Annual report of the Punjab Veterinary College and of the Civil Veterinary Department, Punjab - 1909-1919
Year: 1909
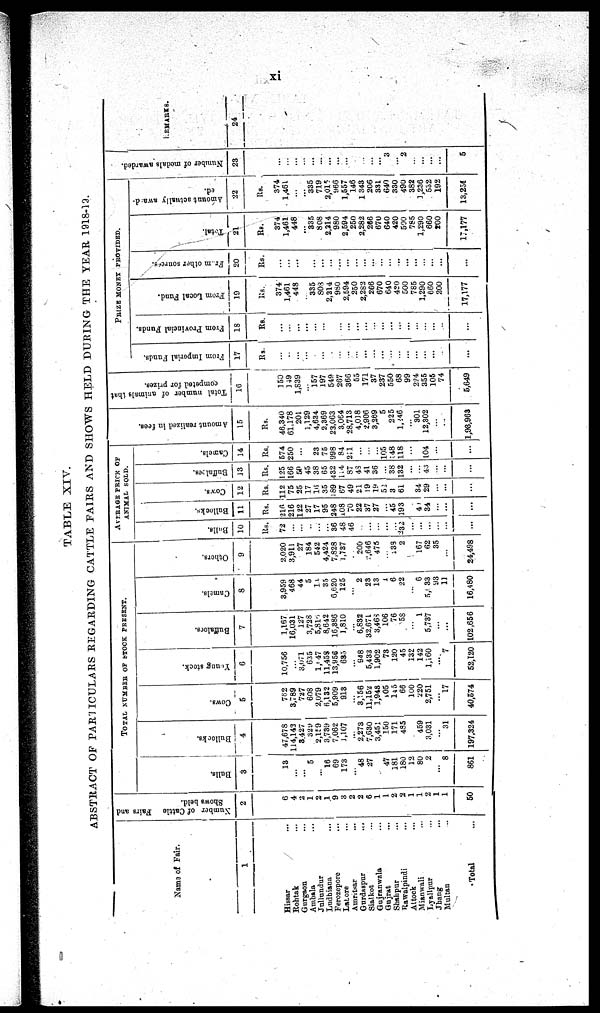
xi
TABLE XIV.
ABSTRACT OF PARTICULARS REGARDING CATTLE FAIRS AND SHOWS HELD DURING THE YEAR 1918-19.
Name of Fair.
1
Hissar ...
Rohtak ...
Gurgaon ...
Ambala ...
Jullundur ...
Ludhiaua ...
Ferozepore ...
Lahore ...
Amritsar ...
Gurdaspur
...
Sialkot ...
Gujranwala ...
Gujrat ...
Shahpur ...
Rawalpindi ...
Attock ...
Mianwali ...
Lyallpur ...
Jhang ...
Multan ...
Total ...
Number of Cattle
Fairs and
Shows held.
2
6
4
2
1
2
1
9
3
2
2
6
1
1
2
2
1 1
2
1
1
50
TOTAL
NUMBER
OF
STOCK
PRESENT.
Bulls.
3
13
...
...
5
...
18
69
173
...
48
27
...
47
181
180
12
80
2
...
8
861
Bullocks.
4
47,678
114,142
3.427
329
2,159
3,739
7,062
1,107
...
2,273
7,630
3,451
150
171
485
... 459
3,031
...
31
197,324
Cows.
5
762
3,789
727
608
2,079
6,132
5,909
913
...
3,156
11,152
1,948
405
145
66
100
220
2,751
...
17
40,574
Young stock.
6
10,756
...
3,071
635
1,947
11,458
13,956
685
...
948
5,433
1,902
73
120
45
132
142
1,160
...
7
52,120
Buffaloes.
7
1,167
16,031
127
3,728
5,816
8,642
16,886
1,810
...
6,832
32,671
3,463
106
76
58
...
1
5,737
...
...
102,656
Camels.
8
3,959
468
44
5
10
35
6,620
125
...
2
23
13
1
6
22
...
6
5,433
93
11
16,480
Others.
9
2,020
3,911
27
184
542
4,424
7,828
1,737
...
200
2,646
475
...
233
2
...
167
62
35
...
24,498
AVERAGE PRICE OF
ANIMAL SOLD.
Bulls.
10
Rs.
72
...
...
...
...
...
36
48
46
...
...
...
...
...
232
... ...
...
...
...
...
Bullocks.
11
Rs.
216
216
122
27
17
95
248
108
70
22
37
27
...
45
193
...
41
34
...
...
...
Cows.
12
Rs.
112
75
25
17
16
35
189
67
49
21
19
19
52
3
61
...
34
29
...
...
...
Buffaloes.
13
Rs.
125
166
59
45
38
65
432
114
87
45
41
36
...
38
132
... ...
43
...
...
...
Camels.
14
Rs.
574
250
...
23
75
998
84
211
...
...
...
105
148
118
... ...
104
...
...
...
Amount realized in fees.
15
Rs.
46,340
61,178
201
1,129
4,634
2,369
23,063
3,064
28,713
4,018
2,906
3,269
5
225
1,246
... 301
12,302
...
...
1,93,963
Total number of animals that
competed for prizes.
16
150
149
1,839
...
157
197
549
267
366
55
171
37
237
550
68
99
224
355
105
74
5,649
PRIZE
MONEY
PROVIDED.
From Imperial Funds.
17
Rs.
...
...
...
...
...
...
...
...
...
...
...
...
...
...
...
... ...
...
...
...
...
From Provincial Funds.
18
Rs.
...
...
...
...
...
...
...
...
...
...
...
...
...
...
...
... ...
...
...
...
...
From Local Fund.
19
Rs.
374
1,461
448
...
335
803
2,214
980
2,594
250
2,282
266
670
640
420
500
785
1,290
660 200
17,177
From
other sources.
20
Rs.
...
...
...
...
...
...
...
...
...
...
...
...
...
...
...
... ...
...
...
...
...
Total.
21
Rs.
374
1,461
...
...
335
808
2,214
980
2,594
250
2,282
266
670
640
420
590 785
1,290
660
200
17,177
Amount actually award¬
ed.
22
Rs.
374
1,461
...
...
335
719
2,013
... 1,557
146
1 343
206
...
640
490
... 382
1,236
532 192
13,258
Number of medals awarded.
23
...
...
...
...
...
...
...
...
...
...
...
...
...
3
2
...
...
...
...
...
5
REMARKS.
24